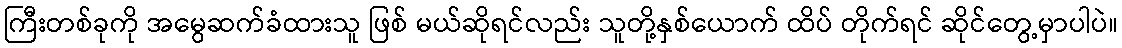
ကြီးတစ်ခုကို အမွေဆက်ခံထားသူ ဖြစ် မယ်ဆိုရင်လည်း သူတို့နှစ်ယောက် ထိပ် တိုက်ရင် ဆိုင်တွေ့မှာပါပဲ။